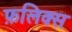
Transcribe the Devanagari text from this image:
फ़लिक्स